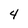
Character: 4